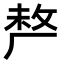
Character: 𠩺